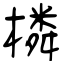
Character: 橉